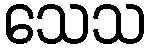
သေသ